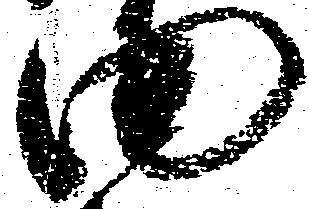
田